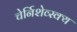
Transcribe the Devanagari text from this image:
चेर्निशेव्स्क्य